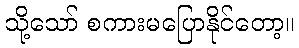
သို့သော် စကားမပြောနိုင်တော့။